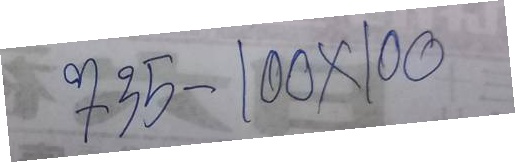
735 - 100 x 100